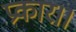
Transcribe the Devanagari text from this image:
प्रकार।।